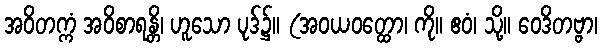
အဝိတက္ကံ အဝိစာရန္တိ၊ ဟူသော ပုဒ်၌။ (အဝယဝတ္ထော၊ ကို။ ဧဝံ၊ သို့။ ဝေဒိတဗ္ဗာ၊